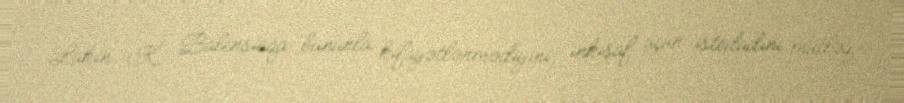
Lakin K. Balensiaqa bununla kifayətlənmədiyini, inkişaf üçün istedadını mütləq